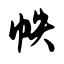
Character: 帙